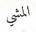
المشي